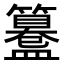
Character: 𥶊